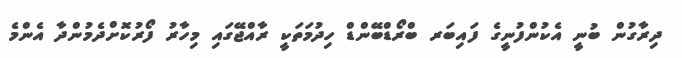
ދިރާގުން ބުނީ އެކުންފުނީގެ ފައިބަރ ބްރޯޑްބޭންޑް ހިދުމަތަކީ ރާއްޖޭގައި މިހާރު ފޯރުކޮށްދެމުންދާ އެންމެ